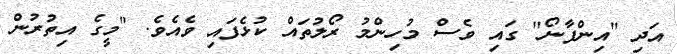
އަދި "އިންފާނޯ" ގައި ވެސް މުހިންމު ރޯލުތައް ކުޅެފައި ވެއެވެ. "މީގެ އިތުރުން